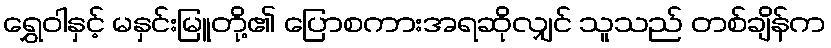
ရွှေဝါနှင့် မနှင်းမြူတို့၏ ပြောစကားအရဆိုလျှင် သူသည် တစ်ချိန်က